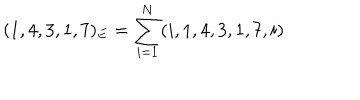
LaTeX: ( 1 , 4 , 3 , 1 , 7 ) _ { E } = \sum _ { i = 1 } ^ { N } ( i , 1 , 4 , 3 , 1 , 7 , i )